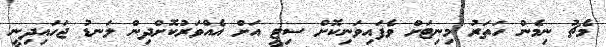
މެޗު ނިމެން ހަތަރު މިނިޓަށް ވެފައިވަނިކޮށް ސިޓީ އަށް އެއްވަރުކޮށްދިން ލަނޑު ޖަހައިދިނީ